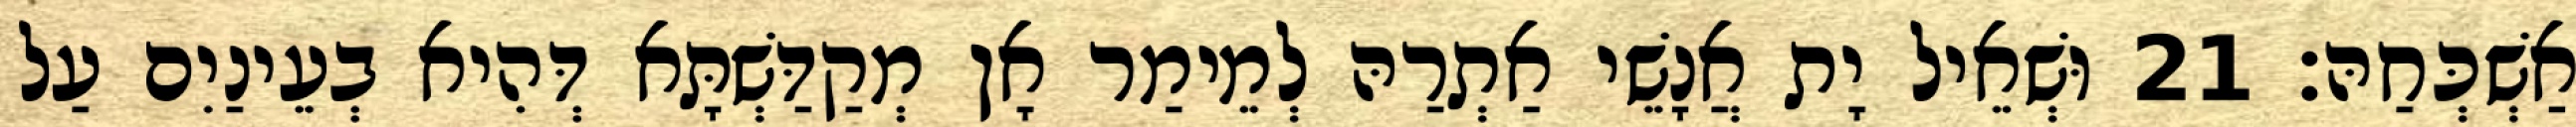
אַשְׁכְּחַהּ׃ 21 וּשְׁאֵיל יָת אֲנָשֵׁי אַתְרַהּ לְמֵימַר אָן מְקַדַּשְׁתָּא דְּהִיא בְעֵינַיִם עַל